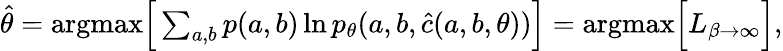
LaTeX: \begin{array}{r}{\hat{\theta}=\mathrm{argmax}\Big[\sum_{a,b}p(a,b)\ln p_{\theta}(a,b,\hat{c}(a,b,\theta))\Big]=\mathrm{argmax}\Big[L_{\beta\to\infty}\Big],}\end{array}